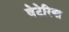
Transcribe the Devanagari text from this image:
वेटेरिया